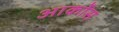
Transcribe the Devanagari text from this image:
आर्कोस